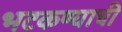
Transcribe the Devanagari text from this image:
भटकण्याची